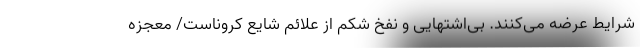
شرایط عرضه می‌کنند. بی‌اشتهایی و نفخ شکم از علائم شایع کروناست/ معجزه